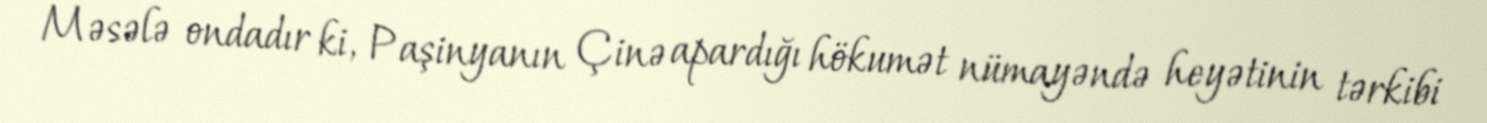
Məsələ ondadır ki, Paşinyanın Çinə apardığı hökumət nümayəndə heyətinin tərkibi